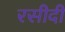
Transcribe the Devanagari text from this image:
रसीदी